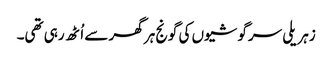
زہریلی سرگوشیوں کی گونج ہر گھر سے اُٹھ رہی تھی۔